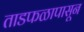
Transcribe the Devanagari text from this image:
ताडफळापासून